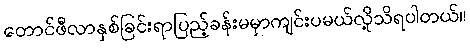
တောင်ဖီလာနှစ်ခြင်းရာပြည့်ခန်းမမှာကျင်းပမယ်လို့သိရပါတယ်။